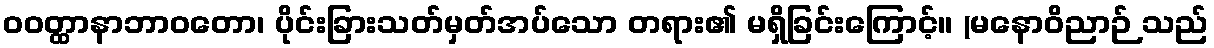
ဝဝတ္ထာနာဘာဝတော၊ ပိုင်းခြားသတ်မှတ်အပ်သော တရား၏ မရှိခြင်းကြောင့်။ (မနောဝိညာဉ် သည်